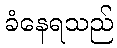
ခံနေရသည်